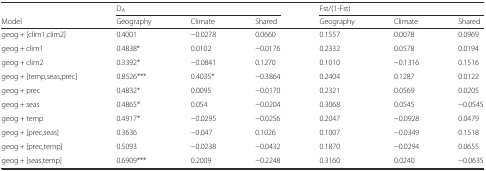
|  | <COLSPAN=3> DA | <COLSPAN=3> Fst/(1-Fst) |
 | Model | Geography | Climate | Shared | Geography | Climate | Shared |
 | --- | --- | --- | --- | --- | --- | --- |
 | geog + [clim1,clim2] | 0.4001 | −0.0278 | 0.0660 | 0.1557 | 0.0078 | 0.0969 |
 | geog + clim1 | 0.4838* | 0.0102 | −0.0176 | 0.2332 | 0.0578 | 0.0194 |
 | geog + clim2 | 0.3392* | −0.0841 | 0.1270 | 0.1010 | −0.1316 | 0.1516 |
 | geog + [temp,seas,prec] | 0.8526*** | 0.4035* | −0.3864 | 0.2404 | 0.1287 | 0.0122 |
 | geog + prec | 0.4832* | 0.0095 | −0.0170 | 0.2321 | 0.0569 | 0.0205 |
 | geog + seas | 0.4865* | 0.054 | −0.0204 | 0.3068 | 0.0545 | −0.0545 |
 | geog + temp | 0.4917* | −0.0295 | −0.0256 | 0.2047 | −0.0928 | 0.0479 |
 | geog + [prec,seas] | 0.3636 | −0.047 | 0.1026 | 0.1007 | −0.0349 | 0.1518 |
 | geog + [prec,temp] | 0.5093 | −0.0238 | −0.0432 | 0.1870 | −0.0294 | 0.0655 |
 | geog + [seas,temp] | 0.6909*** | 0.2009 | −0.2248 | 0.3160 | 0.0240 | −0.0635 |